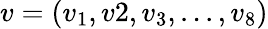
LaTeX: v=(v_{1},v2,v_{3},...,v_{8})